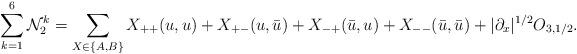
LaTeX: \begin{align*}\sum_{k=1}^6\mathcal{N}_2^k =\sum_{X\in\{A,B\}}X_{++} (u,u) + X_{+-}(u,\bar{u}) + X_{-+}(\bar{u},u) + X_{--}(\bar{u},\bar{u}) + |\partial_x|^{1/2} O_{3,1/2} .\end{align*}